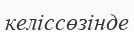
келіссөзінде